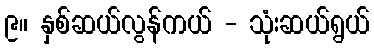
၉။ နှစ်ဆယ်လွန်ကယ် - သုံးဆယ်ရွယ်